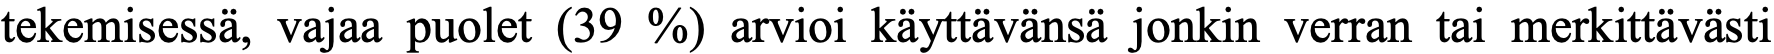
tekemisessä, vajaa puolet (39 %) arvioi käyttävänsä jonkin verran tai merkittävästi